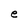
Character: e